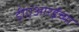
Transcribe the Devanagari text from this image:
डीएआरईच्या